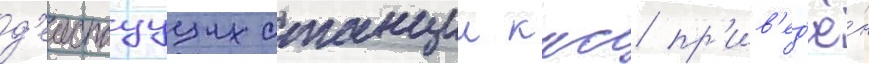
д'еиствуущих станции ккс пр'ив'ед'ё́н